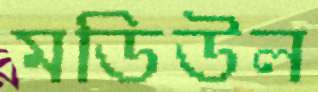
মডিউল